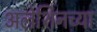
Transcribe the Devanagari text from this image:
अलेशिनच्या